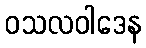
ဝသလဝါဒေန